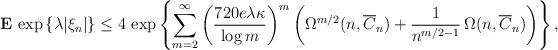
LaTeX: \begin{align*}{\bf E}\,\exp \left\{ \lambda |\xi _{n}|\right\} \le 4\,\exp \left\{\sum_{m=2}^{\infty }\left( \frac{720e\lambda \kappa }{\log m}\right)^{m}\left( \Omega ^{m/2}(n,\overline{C}_{n})+\frac{1}{n^{m/2-1}}\,\Omega (n,\overline{C}_{n})\right) \right\} , \end{align*}